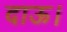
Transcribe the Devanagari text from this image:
दाऊ।